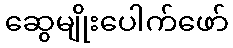
ဆွေမျိုးပေါက်ဖော်